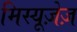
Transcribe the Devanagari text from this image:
मिस्यूज़ेज़